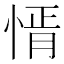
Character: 𢝒